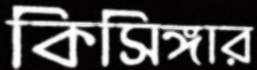
কিসিঙ্গার